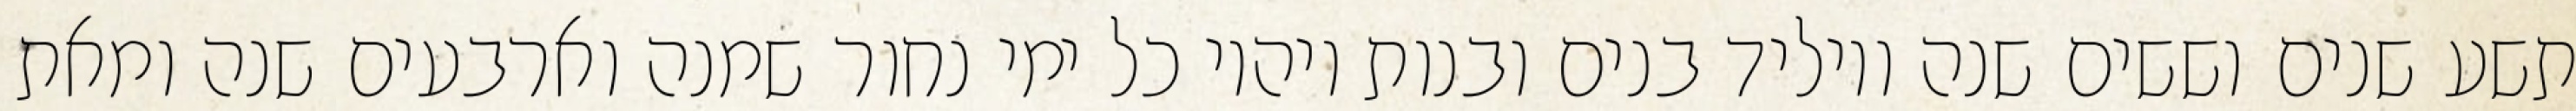
תשע שנים וששים שנה ויוליד בנים ובנות ויהיו כל ימי נחור שמנה וארבעים שנה ומאת